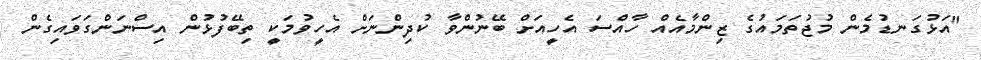
"އަޅުގަނޑުމެން މުޖުތަމައުގެ ޒިންމާއެއް ހާއްސަ އެހީއަށް ބޭނުންވާ ކުދިންނަށް އެހީވުމަކީ ތިބޭފުޅުން އިސްނަންގަވައިގެން